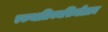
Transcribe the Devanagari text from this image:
एकथालियमसिन्टीग्राम